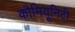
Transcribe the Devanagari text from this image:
कौमियूनिटी